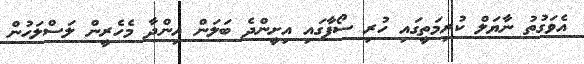
އެވަގުތު ނާޔަލް ކުރިމަތީގައި ހުރި ސޯފާގައި އިށީންދެ ބަލަން އިންދާ މެހެރީން ލަސްލަހުން